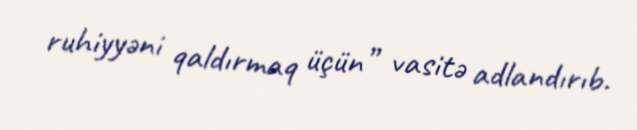
ruhiyyəni qaldırmaq üçün” vasitə adlandırıb.